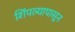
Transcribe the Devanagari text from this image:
शिंपल्यापासून